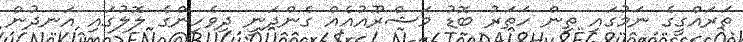
ތަރައްގީގެ ނަމުގައި ތިން ހަތަރު ބޮޑު މަޝްރޫއުއެއް ގެންދަނީ ދިވެހިންގެ ލޮލުގައި އަނދުން